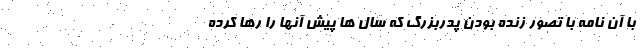
با آن نامه با تصور زنده بودن پدربزرگ که سال ها پیش آنها را رها کرده